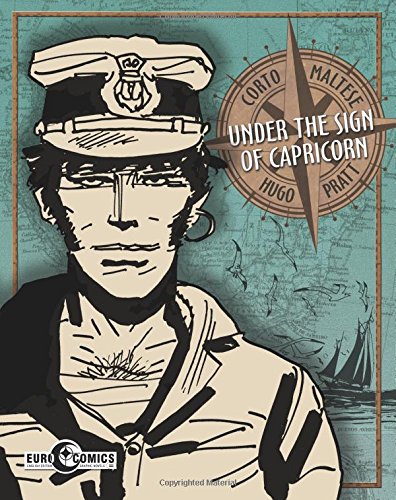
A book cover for Corto Maltese: Under the Sign of Capricorn (Corto Maltese Gn); Hugo Pratt; Comics & Graphic Novels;